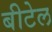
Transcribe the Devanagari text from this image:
बीटेल